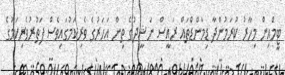
ޓީމްއިން މިހާރު ކުރަމުންދާ ޑިމާންޑްތައް ރައީސް ނަޝީދުގެ ތިން އަހަރުގެ ވެރިކަމުގައިވެސް ފަތުރުވެރިކަމުގެ